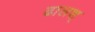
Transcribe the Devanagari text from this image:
ढालश्